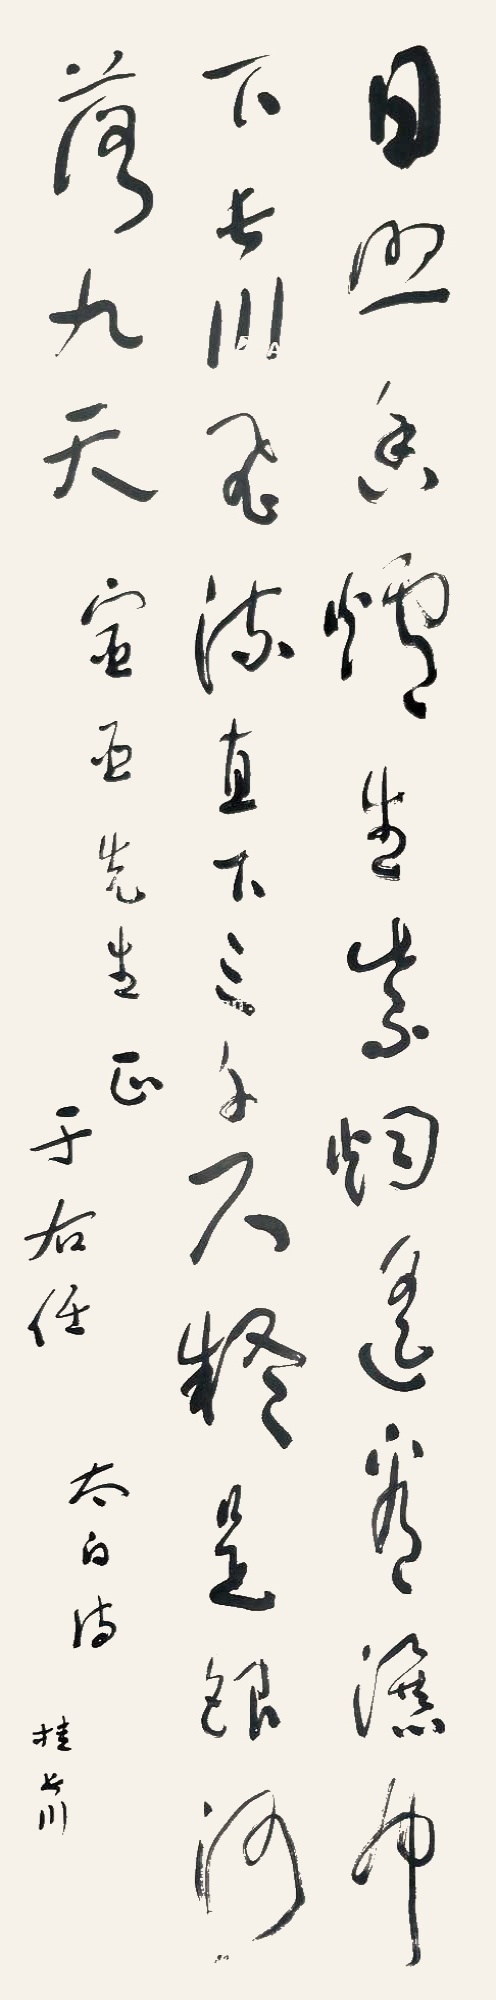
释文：日照香炉生紫烟，遥看瀑布挂前川。飞流直下三千尺，疑是银河落九天。宝亚先生正于右任。太白诗。